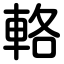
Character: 輅